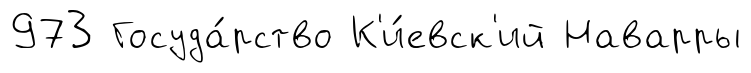
973 Госуда́рство К'и́евск'ий Наварры